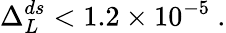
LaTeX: \Delta_{L}^{ds}<1.2\times 10^{-5}~.